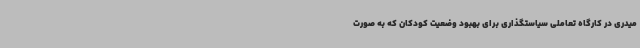
میدری در کارگاه تعاملی سیاستگذاری برای بهبود وضعیت کودکان که به صورت